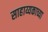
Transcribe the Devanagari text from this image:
साहाय्यकाच्या